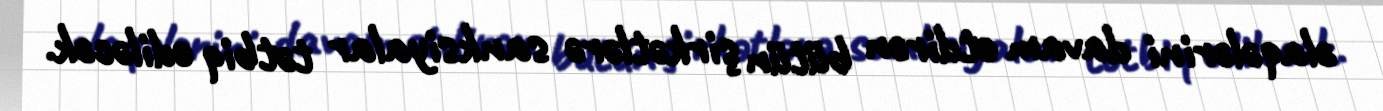
əlaqələrini davam etdirən bütün şirkətlərə sanksiyalar tətbiq ediləcək.